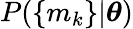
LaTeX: P(\{ m_{k}\} |\boldsymbol{\theta})